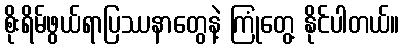
စိုးရိမ်ဖွယ်ရာပြဿနာတွေနဲ့ ကြုံတွေ့ နိုင်ပါတယ်။